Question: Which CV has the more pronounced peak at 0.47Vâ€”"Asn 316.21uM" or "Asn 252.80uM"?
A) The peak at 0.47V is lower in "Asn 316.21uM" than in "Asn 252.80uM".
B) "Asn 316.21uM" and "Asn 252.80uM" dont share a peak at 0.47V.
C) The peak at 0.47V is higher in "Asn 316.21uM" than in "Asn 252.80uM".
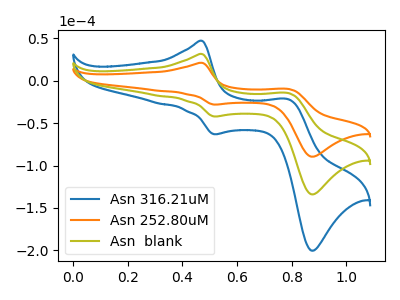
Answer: <think>The blue curve "Asn 316.21uM" has anodic peaks at (0.45V, 62.60uA) (0.80V, -29.60uA) and cathodic peaks at (0.50V, -84.50uA) (0.85V, -267.80uA). The orange curve "Asn 252.80uM" has anodic peaks at (0.45V, 20.95uA) (0.80V, -9.90uA) and cathodic peaks at (0.50V, -28.25uA) (0.85V, -89.55uA). The olive curve "Asn  blank" has anodic peaks at (0.45V, 31.30uA) (0.80V, -14.80uA) and cathodic peaks at (0.50V, -42.25uA) (0.85V, -133.90uA).</think>
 <answer>C) The peak at 0.47V is higher in "Asn 316.21uM" than in "Asn 252.80uM".</answer>
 <eval>C</eval>